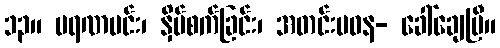
၁၃။ မရဏမင်း၊ နှိပ်စက်ခြင်း၊ အတင်းမဓန- ခေါ်ချေပြီ။